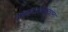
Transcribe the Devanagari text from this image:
वसाहतवाल्यांना